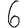
Digit: 6